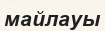
майлауы